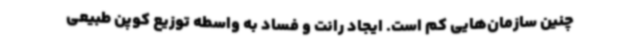
چنین سازمان‌هایی کم است. ایجاد رانت و فساد به واسطه توزیع کوپن طبیعی